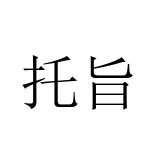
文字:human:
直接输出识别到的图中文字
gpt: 托旨